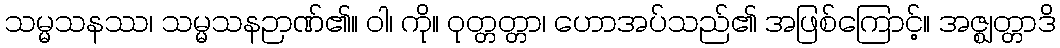
သမ္မသနဿ၊ သမ္မသနဉာဏ်၏။ ဝါ၊ ကို။ ဝုတ္တတ္တာ၊ ဟောအပ်သည်၏ အဖြစ်ကြောင့်။ အဇ္ဈတ္တာဒိ